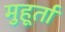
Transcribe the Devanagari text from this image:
मुहूर्ता